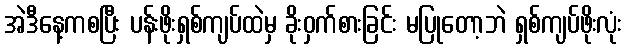
အဲဒီနေ့ကစပြီး ပန်းဖိုးရှစ်ကျပ်ထဲမှ ခိုးဝှက်စားခြင်း မပြုတော့ဘဲ ရှစ်ကျပ်ဖိုးလုံး